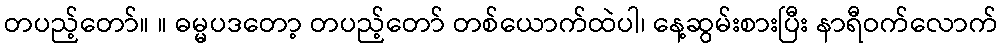
တပည့်တော်။ ။ ဓမ္မပဒတော့ တပည့်တော် တစ်ယောက်ထဲပါ၊ နေ့ဆွမ်းစားပြီး နာရီဝက်လောက်